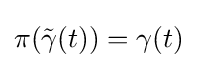
\pi ({\tilde {\gamma }}(t))=\gamma (t)